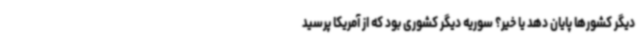
دیگر کشورها پایان دهد یا خیر؟ سوریه دیگر کشوری بود که از آمریکا پرسید